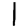
Digit: 1